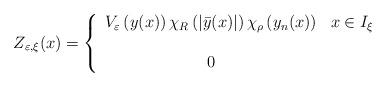
LaTeX: \begin{align*}Z_{\varepsilon,\xi}(x)=\left\{ \begin{array}{cl}V_{\varepsilon}\left(y(x)\right)\chi_{R}\left(|\bar{y}(x)|\right)\chi_{\rho}\left(y_{n}(x)\right) & x\in I_{\xi}\\\\0 & \end{array}\right.\end{align*}